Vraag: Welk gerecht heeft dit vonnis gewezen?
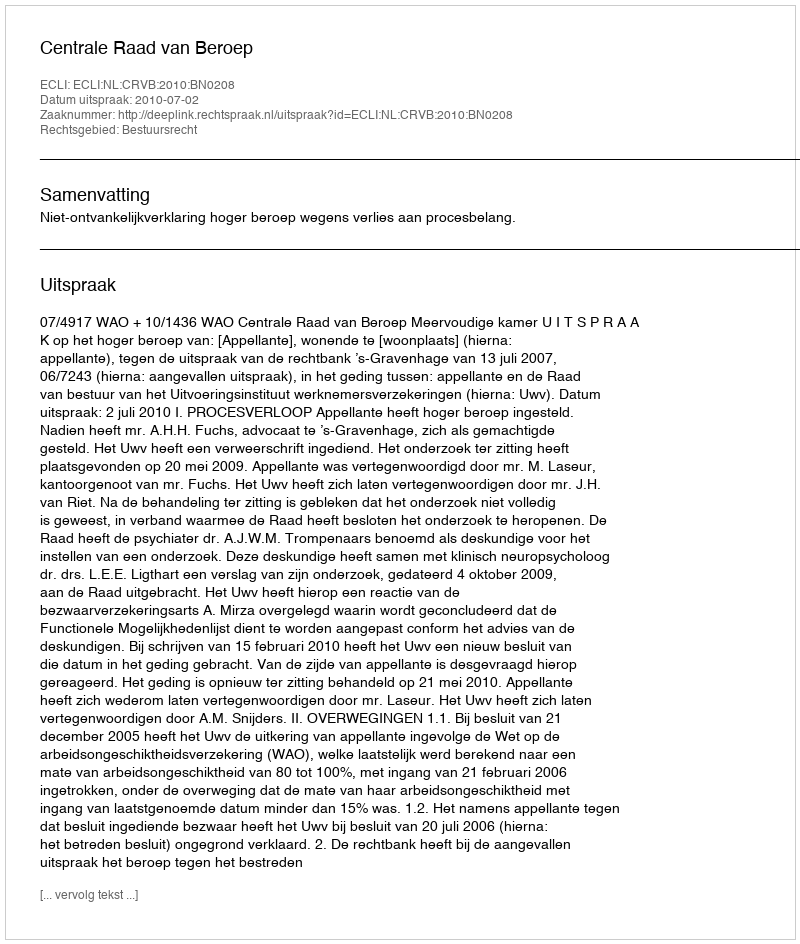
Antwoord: Centrale Raad van Beroep